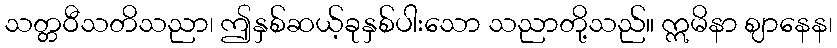
သတ္တဝီသတိသညာ၊ ဤနှစ်ဆယ့်ခုနှစ်ပါးသော သညာတို့သည်။ ဣမိနာ ဈာနေန၊